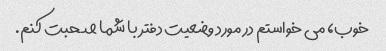
خوب، می خواستم در مورد وضعیت دفتر با شما صحبت کنم.